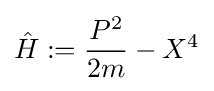
{\hat {H}}:={\frac {P^{2}}{2m}}-X^{4}